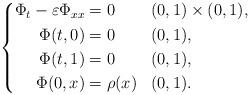
LaTeX: \begin{align*} \left\{ \begin{aligned} \Phi_t - \varepsilon \Phi_{xx} & = 0 && (0,1) \times (0,1), \\ \Phi(t,0) &= 0 && (0,1), \\ \Phi(t,1) &= 0 && (0,1), \\ \Phi(0,x) &= \rho(x) && (0,1). \end{aligned} \right.\end{align*}